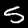
Label: 5